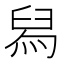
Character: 舄